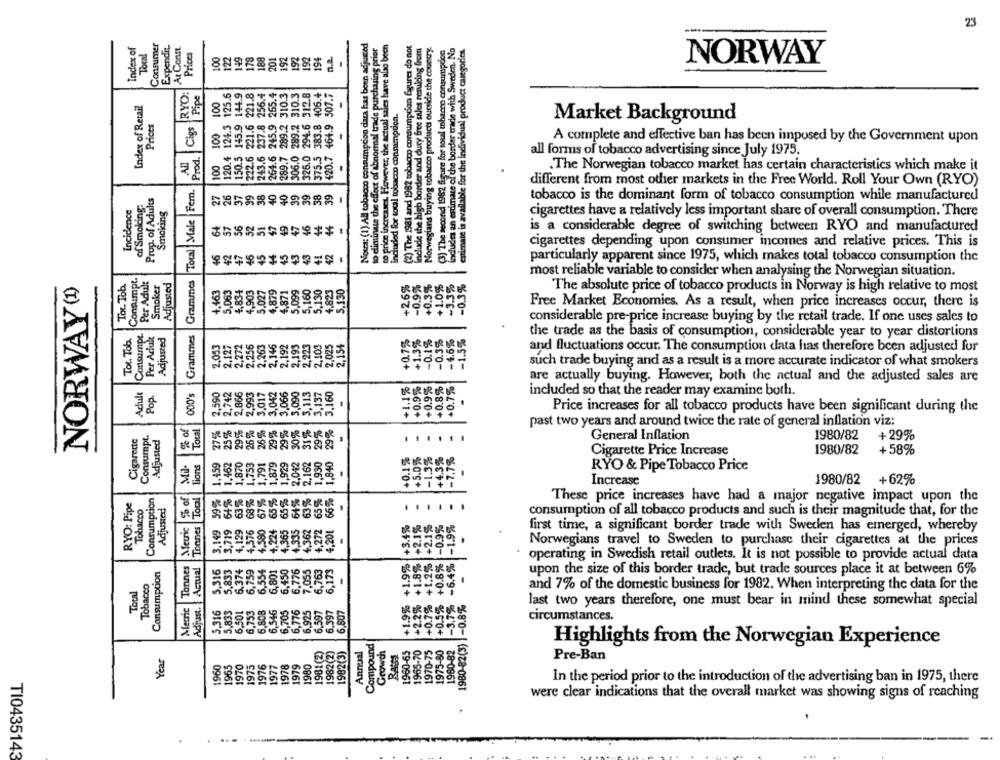
23
Consumer
Nous: (1) All tobacco consumption data has been adjusted
to price increases. However, the actual sales have also bect
(2) The 1981 and 1962 tobacco consumption figures do not
Total
Prices
to eliminate the effect of abnormal trade purchasing prior
include the high border and duty free sales resulting from
Norwegians buying tobacco products outside the country.
(3) The second 1982 figure for toul mhanno consumtipdon
ladudes an estimate of the border trade with Sweden. No
estimate is available for the individual product categories.
100
122
149
178
188
201
192
192
194
1.2
NORWAY
420.7 464.9 507.7
RYO:
Pipe
Index of Retail
100
m
included for total tobacco consumption.
Prices
Cigs
-
Market Background
100
A complete and effective ban has been imposed by the Government upon
All
Prod.
all forms of tobacco advertising since July 1975.
100
.The Norwegian tobacco market has certain characteristics which make it
Fem.
40
40
39
different from most other markets in the Free World. Roll Your Own (RYO)
27
26
37
99
38
39
38
39
of Smoking:
Prop. of Adults
tobacco is the dominant form of tobacco consumption while manufactured
Incidence
Smoking
Tocal Male
cigarettes have a relatively less important share of overall consumption. There
64
57
56
52
47
49
47
46
44
44
is a considerable degree of switching between RYO and manufactured
42
45
45
43
43
42
cigarettes depending upon consumer incomes and relative prices. This is
46
47
45
particularly apparent since 1975, which makes total tobacco consumption the
Consumpt.
Per Adult
Grammes
most reliable variable to consider when analysing the Norwegian situation.
Tor. Tob.
Smoker
Adjusted
5,130
+2.6%
NORWAY(1)
4,463
-0.9
-0.3
The absolute price of tobacco products in Norway is high relative to most
Free Market Economies. As a result, when price increases occur, there is
considerable pre-price increase buying by the retail trade. If one uses sales to
Consumpe
Per Adult
Tot. Tob.
Adjusted
Grammes
+0.7%
-0.1%
-0.3%
the trade as the basis of consumption, considerable year to year distortions
2,053
2,263
2,146
and fluctuations occur. The consumption data las therefore been adjusted for
such trade buying and as a result is a more accurate indicator of what smokers
+0.9%
+0.7%
are actually buying. However, both the actual and the adjusted sales are
Adult
Pop.
30% 3,090
3,113
3,137
3,160
+0.9%
+0.87
.
included so that the reader may examine both.
Price increases for all tobacco products have been significant during the
29%
31%
29%
past two years and around twice the rate of general inflation viz:
Cigarette
Consumpt.
Adjusted
......
General Inflation
1980/82
+29%
-1.3%
+4.3%
-7.7%
1,459
1,879
65% 1,929
1,930
Cigarette Price Increase
1980/82
+58%
Mi-
ions
.
RYO & Pipe Tobacco Price
1980/82
Increase
+62%
Consumption
Metric % of
Tonnes |Tocal
64%
63%
65%
66%
.
RYO: Pipe
Tobacco
Adjusted
These price increases have had a major negative impact upon the
.....
+2.1%
consumption of all tobacco products and such is their magnitude that, for the
4,576
4,580
4.224
4,365
4,335
4,362
4,272
4,20€
first time, a significant border trade with Sweden has emerged, whereby
Norwegians travel to Sweden to purchase their cigarettes at the prices
+1.9% +1.9%
+1.8%
+0.5% +0.8%
operating in Swedish retail outlets. It is not possible to provide actual data
Tonnes
Adjust. Actual
6,374
6,173
Consumption
upon the size of this border trade, but trade sources place it at between 6%
Tobacco
Total
and 7% of the domestic business for 1982. When interpreting the data for the
+2.2%
+0.7%
1980-82(3) 1-0.8%
5,316
6,776
last two years therefore, one must bear in mind these somewhat special
circumstances.
Compound
1981(2)
1982(2)
1982(3)
Annual
Growch
1960-65
1965-70
1970-75
1980-82
Highlights from the Norwegian Experience
Year
1960
1965
1970
1975
1976
1977
1978
1979
1980
Pre-Ban
In the period prior to the introduction of the advertising ban in 1975, there
were clear indications that the overall market was showing signs of reaching
TI0435143